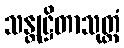
သန္တုဋ္ဌိတာသုတ္တံ